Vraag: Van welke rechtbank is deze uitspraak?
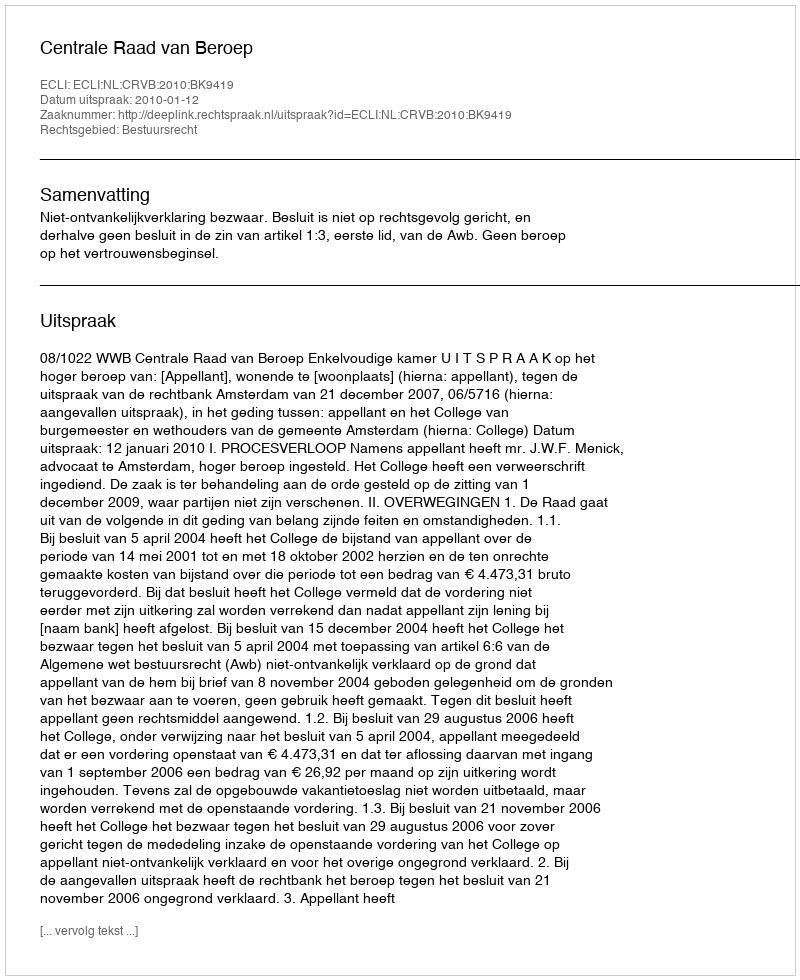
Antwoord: Centrale Raad van Beroep